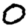
Digit: 0